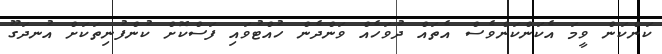
ކަންކަން ވީމަ އެކަންކަންވެސް އެތައް ދުވަހެއް ވަންދެން ހުއްޓުވައި ފަސްކޮށް ކުންފުނިތަކަށް އުނދަގޫ